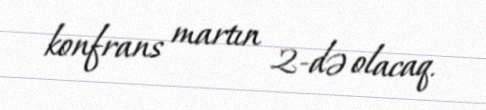
konfrans martın 2-də olacaq.